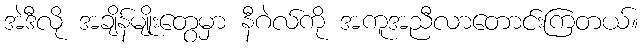
အဲဒီလို အချိန်မျိုးတွေမှာ နီဂဲလ်ကို အကူအညီလာတောင်းကြတယ်။